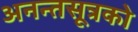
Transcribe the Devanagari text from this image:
अनन्तसूत्रको